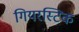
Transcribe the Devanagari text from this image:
गियरस्टिक